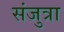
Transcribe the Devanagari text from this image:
संजुत्रा